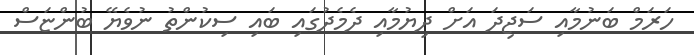
ހަރަމް ބަނުމާއި ސަޖިދަ އަށް ދިޔުމާއި ދެމެދުގައި ބައި ސިކުންތު ނުވެޔޭ ބުންޏަސް